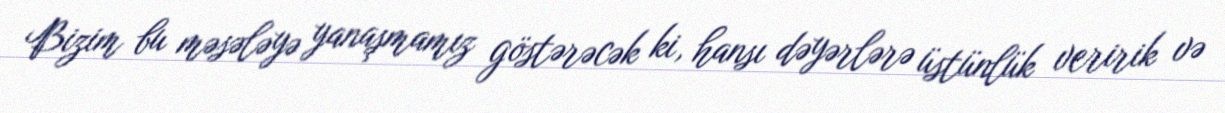
Bizim bu məsələyə yanaşmamız göstərəcək ki, hansı dəyərlərə üstünlük veririk və